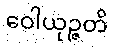
ဝေါယုဉ္ဇတိ